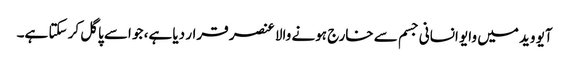
آیو وید میں وایو انسانی جسم سے خارج ہونے والا عنصر قرار دیا ہے، جو اسے پاگل کر سکتا ہے۔